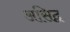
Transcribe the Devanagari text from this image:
असिद्व